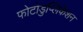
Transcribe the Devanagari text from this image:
फोटोडुप्लिकेशन